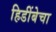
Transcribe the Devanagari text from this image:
हिडींबेचा